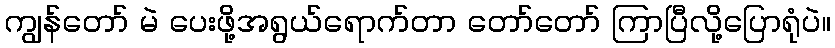
ကျွန်တော် မဲ ပေးဖို့အရွယ်ရောက်တာ တော်တော် ကြာပြီလို့ပြောရုံပဲ။